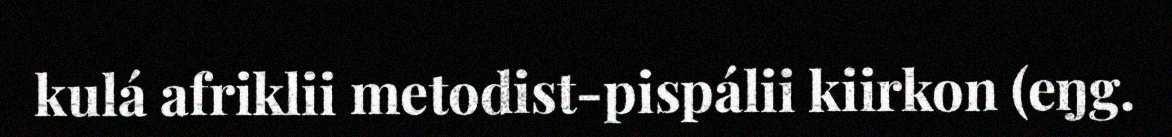
kulá afriklii metodist-pispálii kiirkon (eŋg.